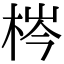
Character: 梣